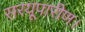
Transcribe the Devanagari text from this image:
सरयूपारीण।